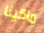
ماكينا